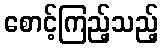
စောင့်ကြည့်သည့်